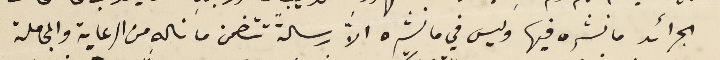
الجرائد ما نشره فيها وليس في ما نشره الاَّ رسالةً تتضمن ما ناله من الرعاية والمجاملة